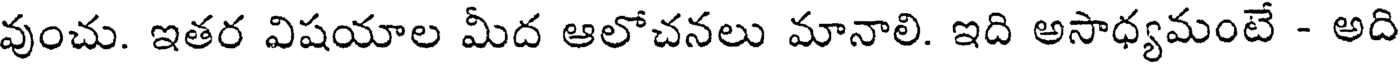
వుంచు. ఇతర విషయాల మీద ఆలోచనలు మానాలి. ఇది అసాధ్యమంటే - అది